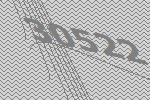
30522